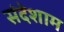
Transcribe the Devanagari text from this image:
संदेशाम